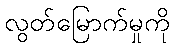
လွတ်မြောက်မှုကို